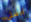
ترسلي